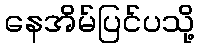
နေအိမ်ပြင်ပသို့